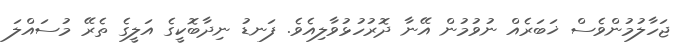
ޖަހާލުމުންވެެސް ޚަބަރެއް ނުވުމުން އޭނާ ދޮރުހުޅުވާލިއެވެ. ފަނޑު ނިދާބޮކީގެ އަލީގެ ތެރޭ މުސައްލަ